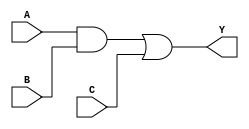
module assign_statement (
    input A,
    input B,
    input C,
    output Y
);

assign Y = A & B | C;

endmodule